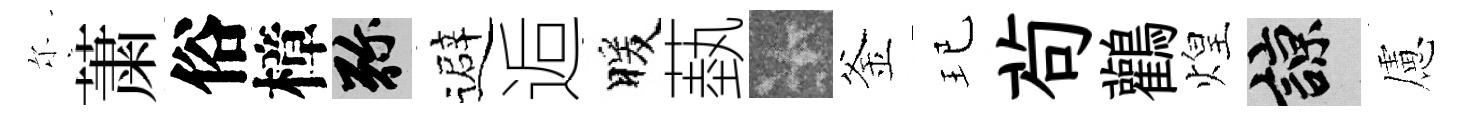
尓䔥俗樟弥避逅暖蓺卡釜玘茍鸛煌諒慮